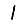
Digit: 1